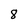
Character: 8